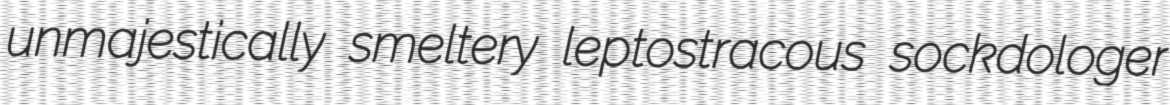
unmajestically smeltery leptostracous sockdologer